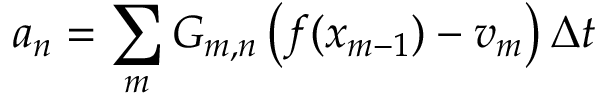
a _ { n } = \sum _ { m } G _ { m , n } \left( f ( x _ { m - 1 } ) - v _ { m } \right) \Delta t